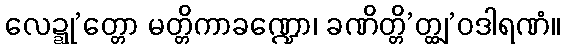
လေဍ္ဍု’တ္တော မတ္တိကာခဏ္ဍော၊ ခဏိတ္တိ’တ္ထျ’ဝဒါရဏံ။